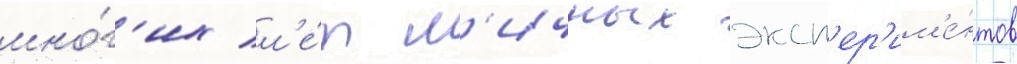
мно́г'их л'е́т л'ичных эксп'ер'им'е́нтов